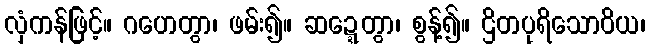
လှံကန်ဖြင့်။ ဂဟေတွာ၊ ဖမ်း၍။ ဆဍ္ဍေတွာ၊ စွန့်၍။ ဌိတပုရိသောဝိယ၊